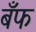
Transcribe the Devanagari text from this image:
बँफ